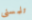
تلمسنى